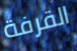
القرفة